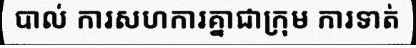
បាល់ ការសហការគ្នាជាក្រុម ការទាត់